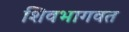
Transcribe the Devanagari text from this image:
शिवभागवत